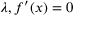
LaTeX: \lambda , f ^ { \prime } ( x ) = 0